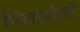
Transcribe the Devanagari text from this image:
मिलानीज़ों